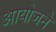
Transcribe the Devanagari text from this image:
आयोजने